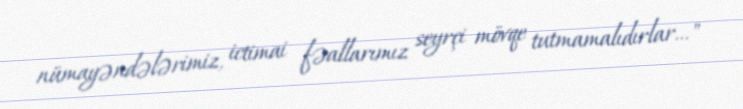
nümayəndələrimiz, ictimai fəallarımız seyrçi mövqe tutmamalıdırlar..."